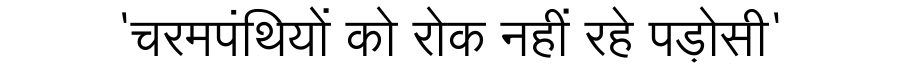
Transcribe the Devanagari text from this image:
'चरमपंथियों को रोक नहीं रहे पड़ोसी'